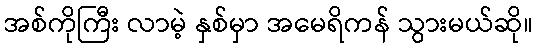
အစ်ကိုကြီး လာမဲ့ နှစ်မှာ အမေရိကန် သွားမယ်ဆို။